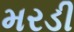
મરડી